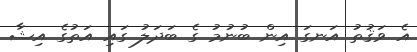
އެ ވަޤުތު އަނގަ އިން ބުނުމު ގެ ބަދަލު ގައި އަތުގެ އިޝާ